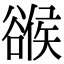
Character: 𧯁